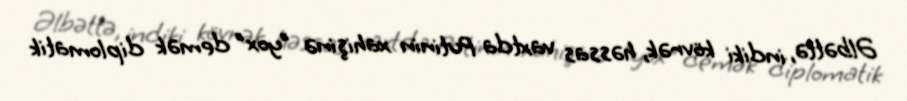
Əlbəttə, indiki kövrək, həssas vaxtda Putinin xahişinə "yox" demək diplomatik